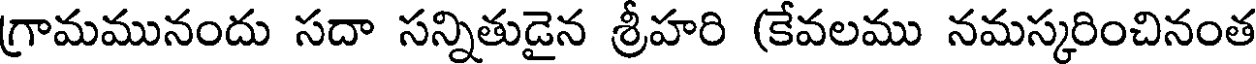
గ్రామమునందు సదా సన్నితుడైన శ్రీహరి (కేవలము నమస్కరించినంత